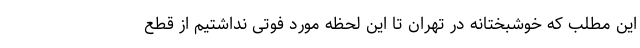
این مطلب که خوشبختانه در تهران تا این لحظه مورد فوتی نداشتیم از قطع